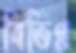
বিভিণ্ন